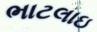
ભાટલાઇ